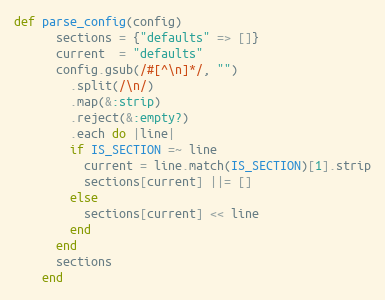
Language: Ruby
def parse_config(config)
      sections = {"defaults" => []}
      current  = "defaults"
      config.gsub(/#[^\n]*/, "")
        .split(/\n/)
        .map(&:strip)
        .reject(&:empty?)
        .each do |line|
        if IS_SECTION =~ line
          current = line.match(IS_SECTION)[1].strip
          sections[current] ||= []
        else
          sections[current] << line
        end
      end
      sections
    end